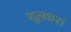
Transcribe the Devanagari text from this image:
शूलधरां